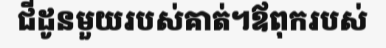
ជីដូនមួយរបស់គាត់។ឪពុករបស់